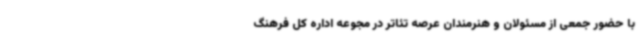
با حضور جمعی از مسئولان و هنرمندان عرصه تئاتر در مجوعه اداره کل فرهنگ